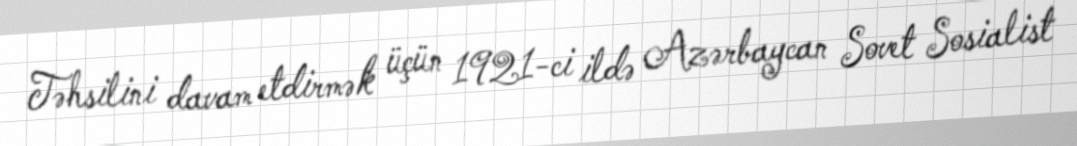
Təhsilini davam etdirmək üçün 1921-ci ildə Azərbaycan Sovet Sosialist